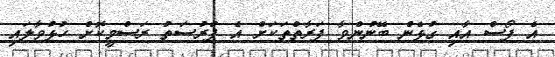
އެ ފޯސް އާއި ގުޅެން ބޭނުންވާ ފަރާތްތަކަށް އެ ފުރުސަތު ރަސްމީކޮށް ހުޅުވާލައި